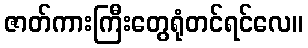
ဇာတ်ကားကြီးတွေရုံတင်ရင်လေ။